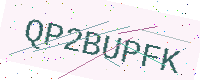
Text: QP2BUPFK